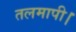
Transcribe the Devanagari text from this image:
तलमापी।